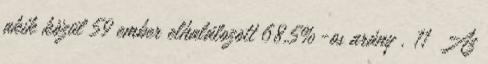
akik közül 59 ember elhalálozott 68,5%-os arány . 11 Az